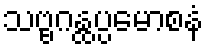
သဗ္ဗဂန္ထပ္ပမောစနံ